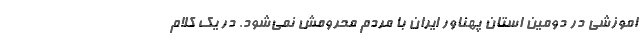
اموزشی در دومین استان پهناور ایران با مردم محرومش نمی‌شود. در یک کلام